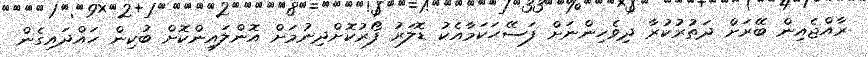
ރާއްޖެއިން ބޭރަށް ދަތުރުކުރާ ދިވެހިންނަށް ފަސޭހަކަމާއެކު ޑޮލަރު ފޯރުކޮށްދިނުމަށް އޮންލައިންކޮށް ބުކިން ހައްދައިގެން